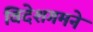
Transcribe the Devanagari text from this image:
विदेशगमने